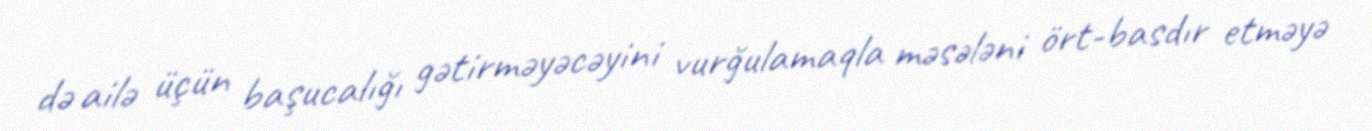
də ailə üçün başucalığı gətirməyəcəyini vurğulamaqla məsələni ört-basdır etməyə